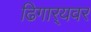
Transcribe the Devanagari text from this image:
ढिगार्‍यवर